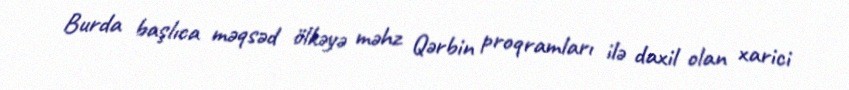
Burda başlıca məqsəd ölkəyə məhz Qərbin proqramları ilə daxil olan xarici